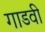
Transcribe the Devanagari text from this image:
गाडवी